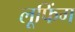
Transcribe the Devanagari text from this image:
लूफिंग